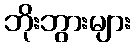
ဘိုးဘွားများ